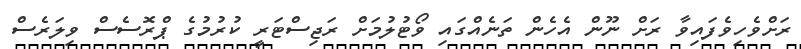
ރަށްވެހިވެފައިވާ ރަށް ނޫން އެހެން ތަނެއްގައި ވޯޓުލުމަށް ރަޖިސްޓަރީ ކުރުމުގެ ޕްރޮސެސް ވިލަރެސް